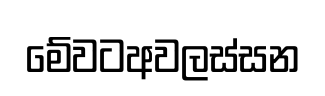
මේවටඅවලස්සන